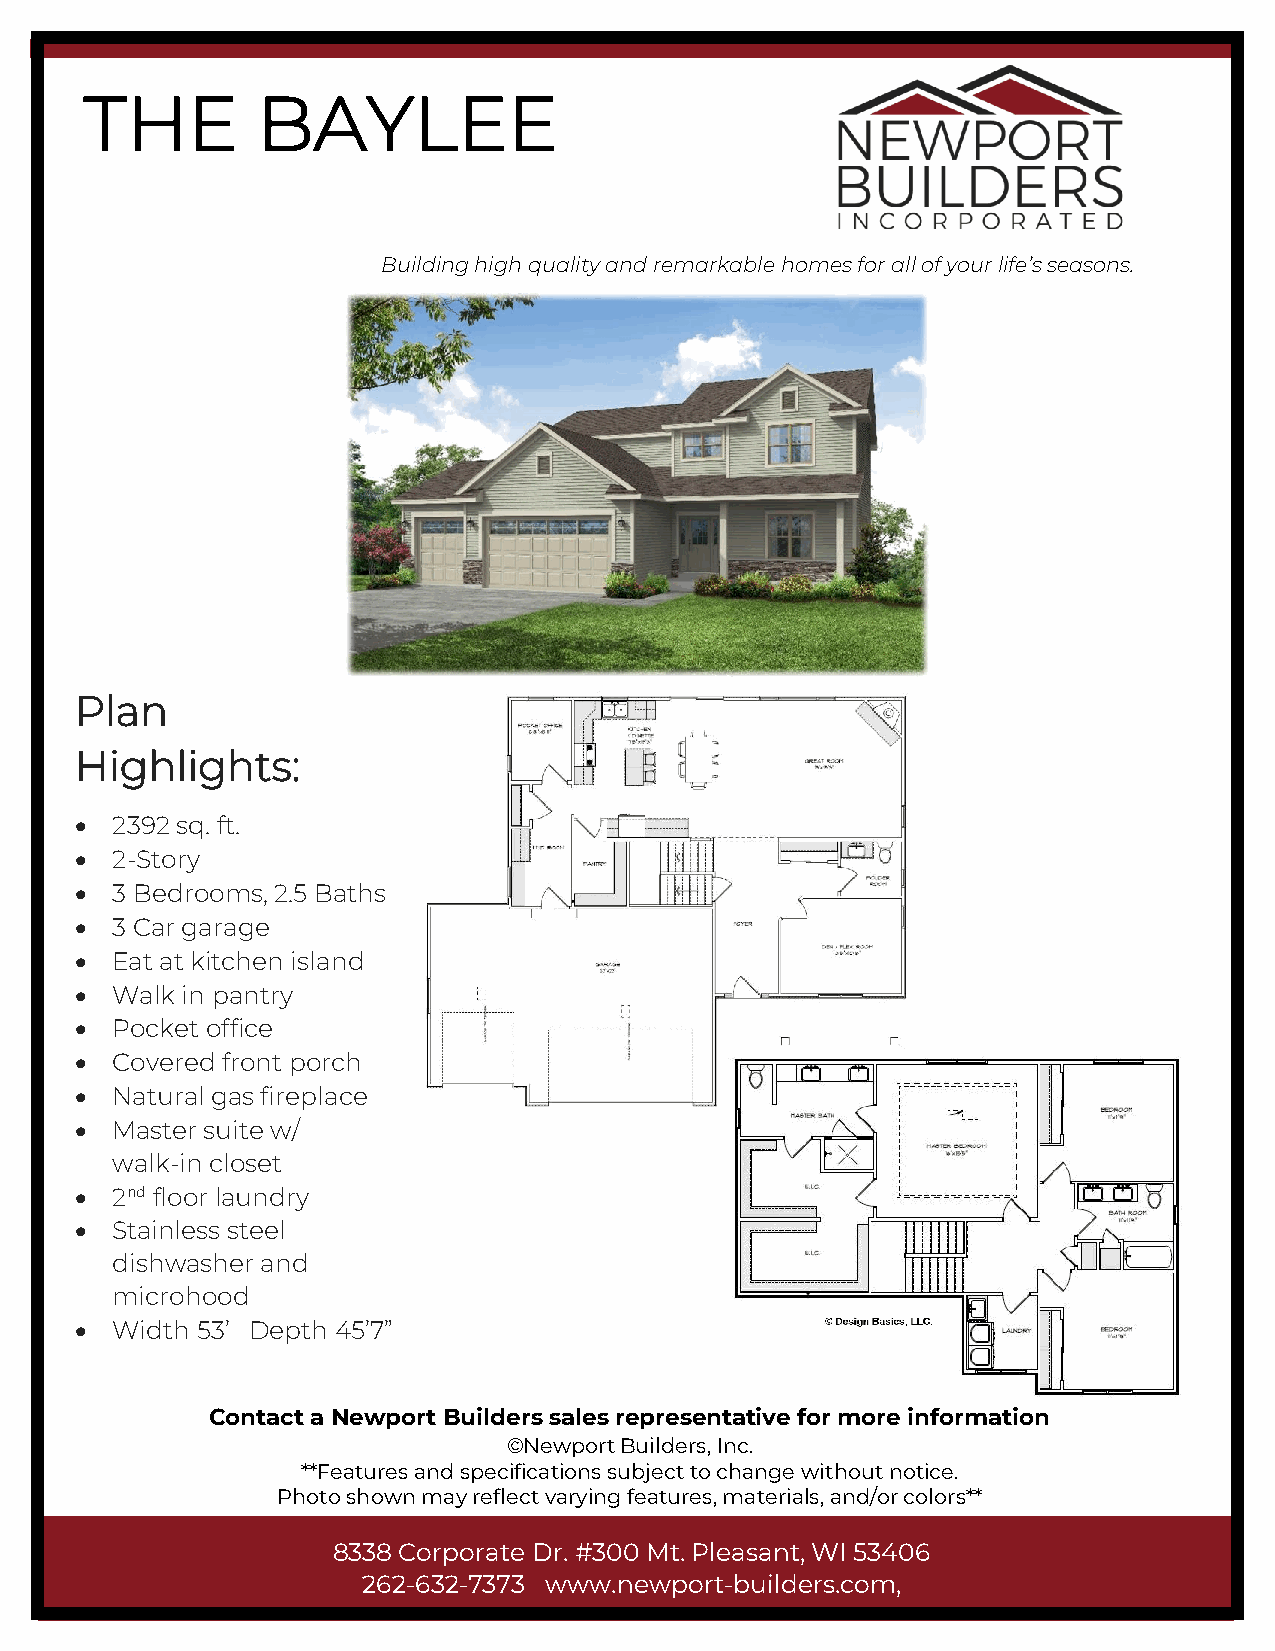
THE        BAYLEE
 Building high quality and remarkable homes for all of your life’s seasons.
 Plan
 Highlights:
 • 2392 sq. ft.
 • 2-Story
 • 3 Bedrooms, 2.5 Baths
 • 3 Car garage
 • Eat at kitchen island
 • Walk in pantry
 • Pocket office
 • Covered front porch
 • Natural gas fireplace
 • Master suite w/
 walk-in closet
 • 2nd floor laundry
 • Stainless steel
 dishwasher and
 microhood
 • Width 53’ Depth 45’7”
 Contact a Newport Builders sales representative for more information
 ©Newport Builders, Inc.
 **Features and specifications subject to change without notice.
 Photo shown may reflect varying features, materials, and/or colors**
 8338 Corporate Dr. #300 Mt. Pleasant, WI 53406
 262-632-7373 www.newport-builders.com,